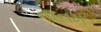
નાનમ